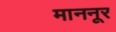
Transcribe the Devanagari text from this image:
माननूर